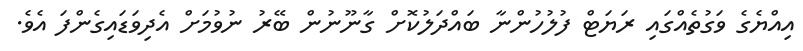
އިއްޔެގެ ވަގުތެއްގައި ރަޔަޓް ފުލުހުންނާ ބައްދަލުކޮށް ގާނޫނުން ބޭރު ނުވުމަށް އެދިވަޑައިގެންފަ އެވެ.